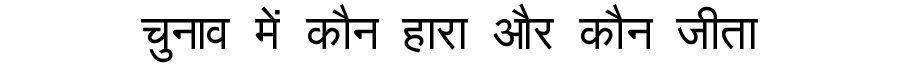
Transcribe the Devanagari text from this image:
चुनाव में कौन हारा और कौन जीता